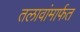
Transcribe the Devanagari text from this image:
तलावांमार्फत